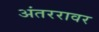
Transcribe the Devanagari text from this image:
अंतररावर